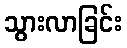
သွားလာခြင်း